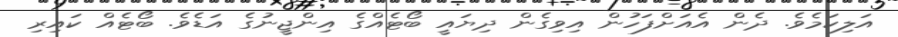
އަލިކަމެވެ. ދެން އެއަށްފަހުން އިވިގެން ދިޔައީ ބޯޓެއްގެ އިންޖީނުގެ އަޑެވެ. ބޯޓެއް ކައިރި